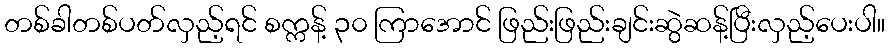
တစ်ခါတစ်ပတ်လှည့်ရင် စက္ကန့် ၃၀ ကြာအောင် ဖြည်းဖြည်းချင်းဆွဲဆန့်ပြီးလှည့်ပေးပါ။